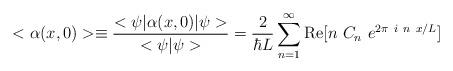
LaTeX: \begin{align*}< \alpha (x,0) > \equiv {<\psi | \alpha (x,0) | \psi> \over< \psi | \psi>} = {2 \over \hbar L}\sum_{n=1}^\infty{\rm Re}[n~C_n~e^{2\pi~i~n~x/L}]\end{align*}